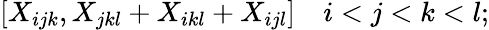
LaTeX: [X_{ijk},X_{jkl}+X_{ikl}+X_{ijl}]\quad i<j<k<l;